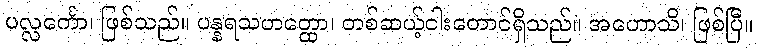
ပလ္လင်္ကော၊ ဖြစ်သည်။ ပန္နရသဟတ္ထော၊ တစ်ဆယ့်ငါးတောင်ရှိသည်။ အဟောသိ၊ ဖြစ်ပြီ။